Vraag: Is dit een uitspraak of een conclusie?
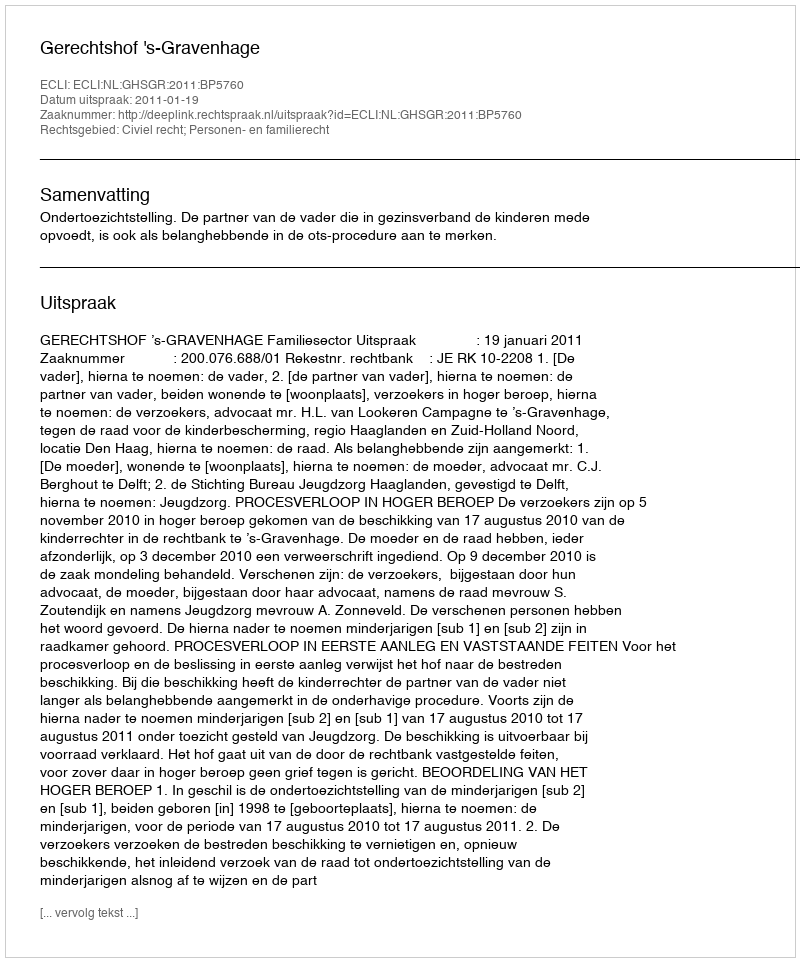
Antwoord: Uitspraak